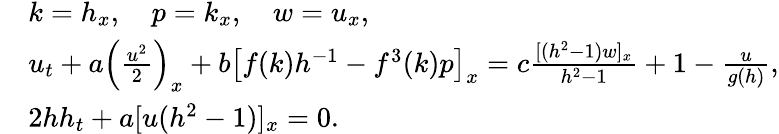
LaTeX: \begin{array}{rl}&{k=h_{x},\quad p=k_{x},\quad w=u_{x},}\\ &{u_{t}+a\left(\frac{u^{2}}{2}\right)_{x}+b\left[f(k)h^{-1}-f^{3}(k)p\right]_{x}=c\frac{[(h^{2}-1)w]_{x}}{h^{2}-1}+1-\frac{u}{g(h)},}\\ &{2hh_{t}+a[u(h^{2}-1)]_{x}=0.}\end{array}